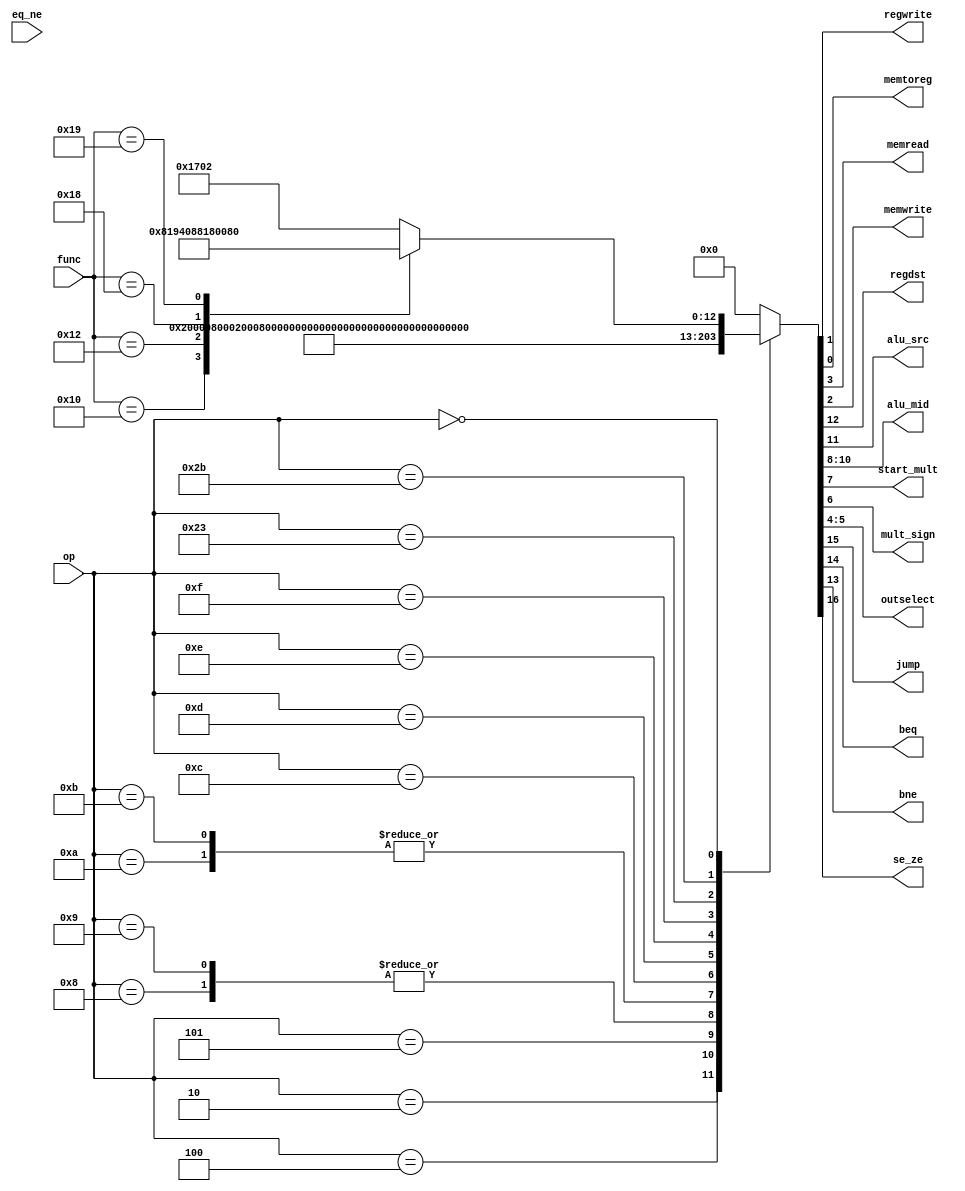

// Some notes for the control signals:
// **beq, bne, jump** `MemtoReg` must be set to `0` not `x`, otherwise hazard
// unit causes the fetch and decode pipeline registers to be disabled!
// `RegDst` possibly similar sitution because it causes `WriteReg` to be `x`
// and then it cannot be used by hazard detector! (RegDst is a maybe)
module maindec (
                  op,
                  func,
                  eq_ne,
                  regwrite,
                  memtoreg,
                  memread,
                  memwrite,
                  regdst,
                  alu_src,
                  alu_mid,
                  start_mult,
                  mult_sign,
                  outselect,
                  jump,
                  beq,
                  bne,
                  se_ze
               );
//--Input Ports-------------------
input [5:0]    op;
input [5:0]    func;
input          eq_ne;
//--Output Ports------------------
output         regwrite;
output         memtoreg;
output         memread;
output         memwrite;
output         regdst;
output         alu_src;
output [2:0]   alu_mid;
output         start_mult;
output         mult_sign;
output [1:0]   outselect;
output         jump;
output         beq;
output         bne;
output         se_ze;

parameter RTYPE = 0; // OPCODE's
parameter JUMP = 2;
parameter BEQ = 4;
parameter BNE = 5;
parameter ADDI = 8;
parameter ADDIU = 9;
parameter SLTI = 10;
parameter SLTIU = 11;
parameter ANDI = 12;
parameter ORI = 13;
parameter XORI = 14;
parameter LUI = 15;
parameter MUL = 28;
parameter LW = 35;
parameter SW = 43;
parameter MFHI = 16; // FUNC's
parameter MTHI = 17;
parameter MFLO = 18;
parameter MTLO = 19;
parameter MULT = 24;
parameter MULTU = 25;



parameter SUBCTRL_WIDTH = 17;

reg [SUBCTRL_WIDTH-1:0] md_control;
assign {             //
         se_ze,      //   [0] 1'b
         jump,       //   [1] 1'b
         beq,        //   [2] 1'b
         bne,        //   [3] 1'b
         regdst,     //   [4] 1'b
         alu_src,    //   [5] 1'b
         alu_mid,    //   [6] 3'b
                     //   [7] ---
                     //   [8] ---
         start_mult, //   [9] 1'b
         mult_sign,  //  [10] 1'b
         outselect,  //  [11] ---
         memread,    //  [13] 1'b
         memwrite,   //  [14] 1'b
         regwrite,   //  [15] 1'b
         memtoreg    //  [16] 1'b
                     //
       } = md_control;

//--Asynchronous----------------
always @ (*) begin
   case (op)               //17'b01234567890123456
      JUMP:    md_control <= 17'b01000000000000000;
      BEQ:     md_control <= 17'b00100000000000000;
      BNE:     md_control <= 17'b00010000000000000;
      ADDI:    md_control <= 17'b10000100000000010;
      ADDIU:   md_control <= 17'b10000100000000010;
      SLTI:    md_control <= 17'b10000110100000010;
      SLTIU:   md_control <= 17'b10000110100000010;
      ANDI:    md_control <= 17'b00000101000000010;
      ORI:     md_control <= 17'b00000101100000010;
      XORI:    md_control <= 17'b00000110000000010;
      LUI:     md_control <= 17'b00000000000010010;
      LW:      md_control <= 17'b00000100000001011;
      SW:      md_control <= 17'b00000100000000100;
      RTYPE: begin
         case (func)
            MFHI:    md_control <= 17'b00001000000110010;
            MFLO:    md_control <= 17'b00001000000100010;
            MULT:    md_control <= 17'b00000000011000000;
            MULTU:   md_control <= 17'b00000000010000000;
            default: md_control <= 17'b00001011100000010;
         endcase
      end
      default: md_control <= 17'b00000000000000000;
   endcase
end

endmodule